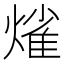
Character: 熦